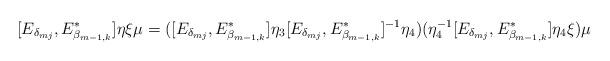
LaTeX: \begin{align*}[E_{\delta_{mj}},E_{\beta_{m-1,k}}^*]\eta\xi\mu= ([E_{\delta_{mj}},E_{\beta_{m-1,k}}^*]\eta_3[E_{\delta_{mj}},E_{\beta_{m-1,k}}^*]^{-1}\eta_4)(\eta_4^{-1}[E_{\delta_{mj}},E_{\beta_{m-1,k}}^*]\eta_4 \xi)\mu\end{align*}